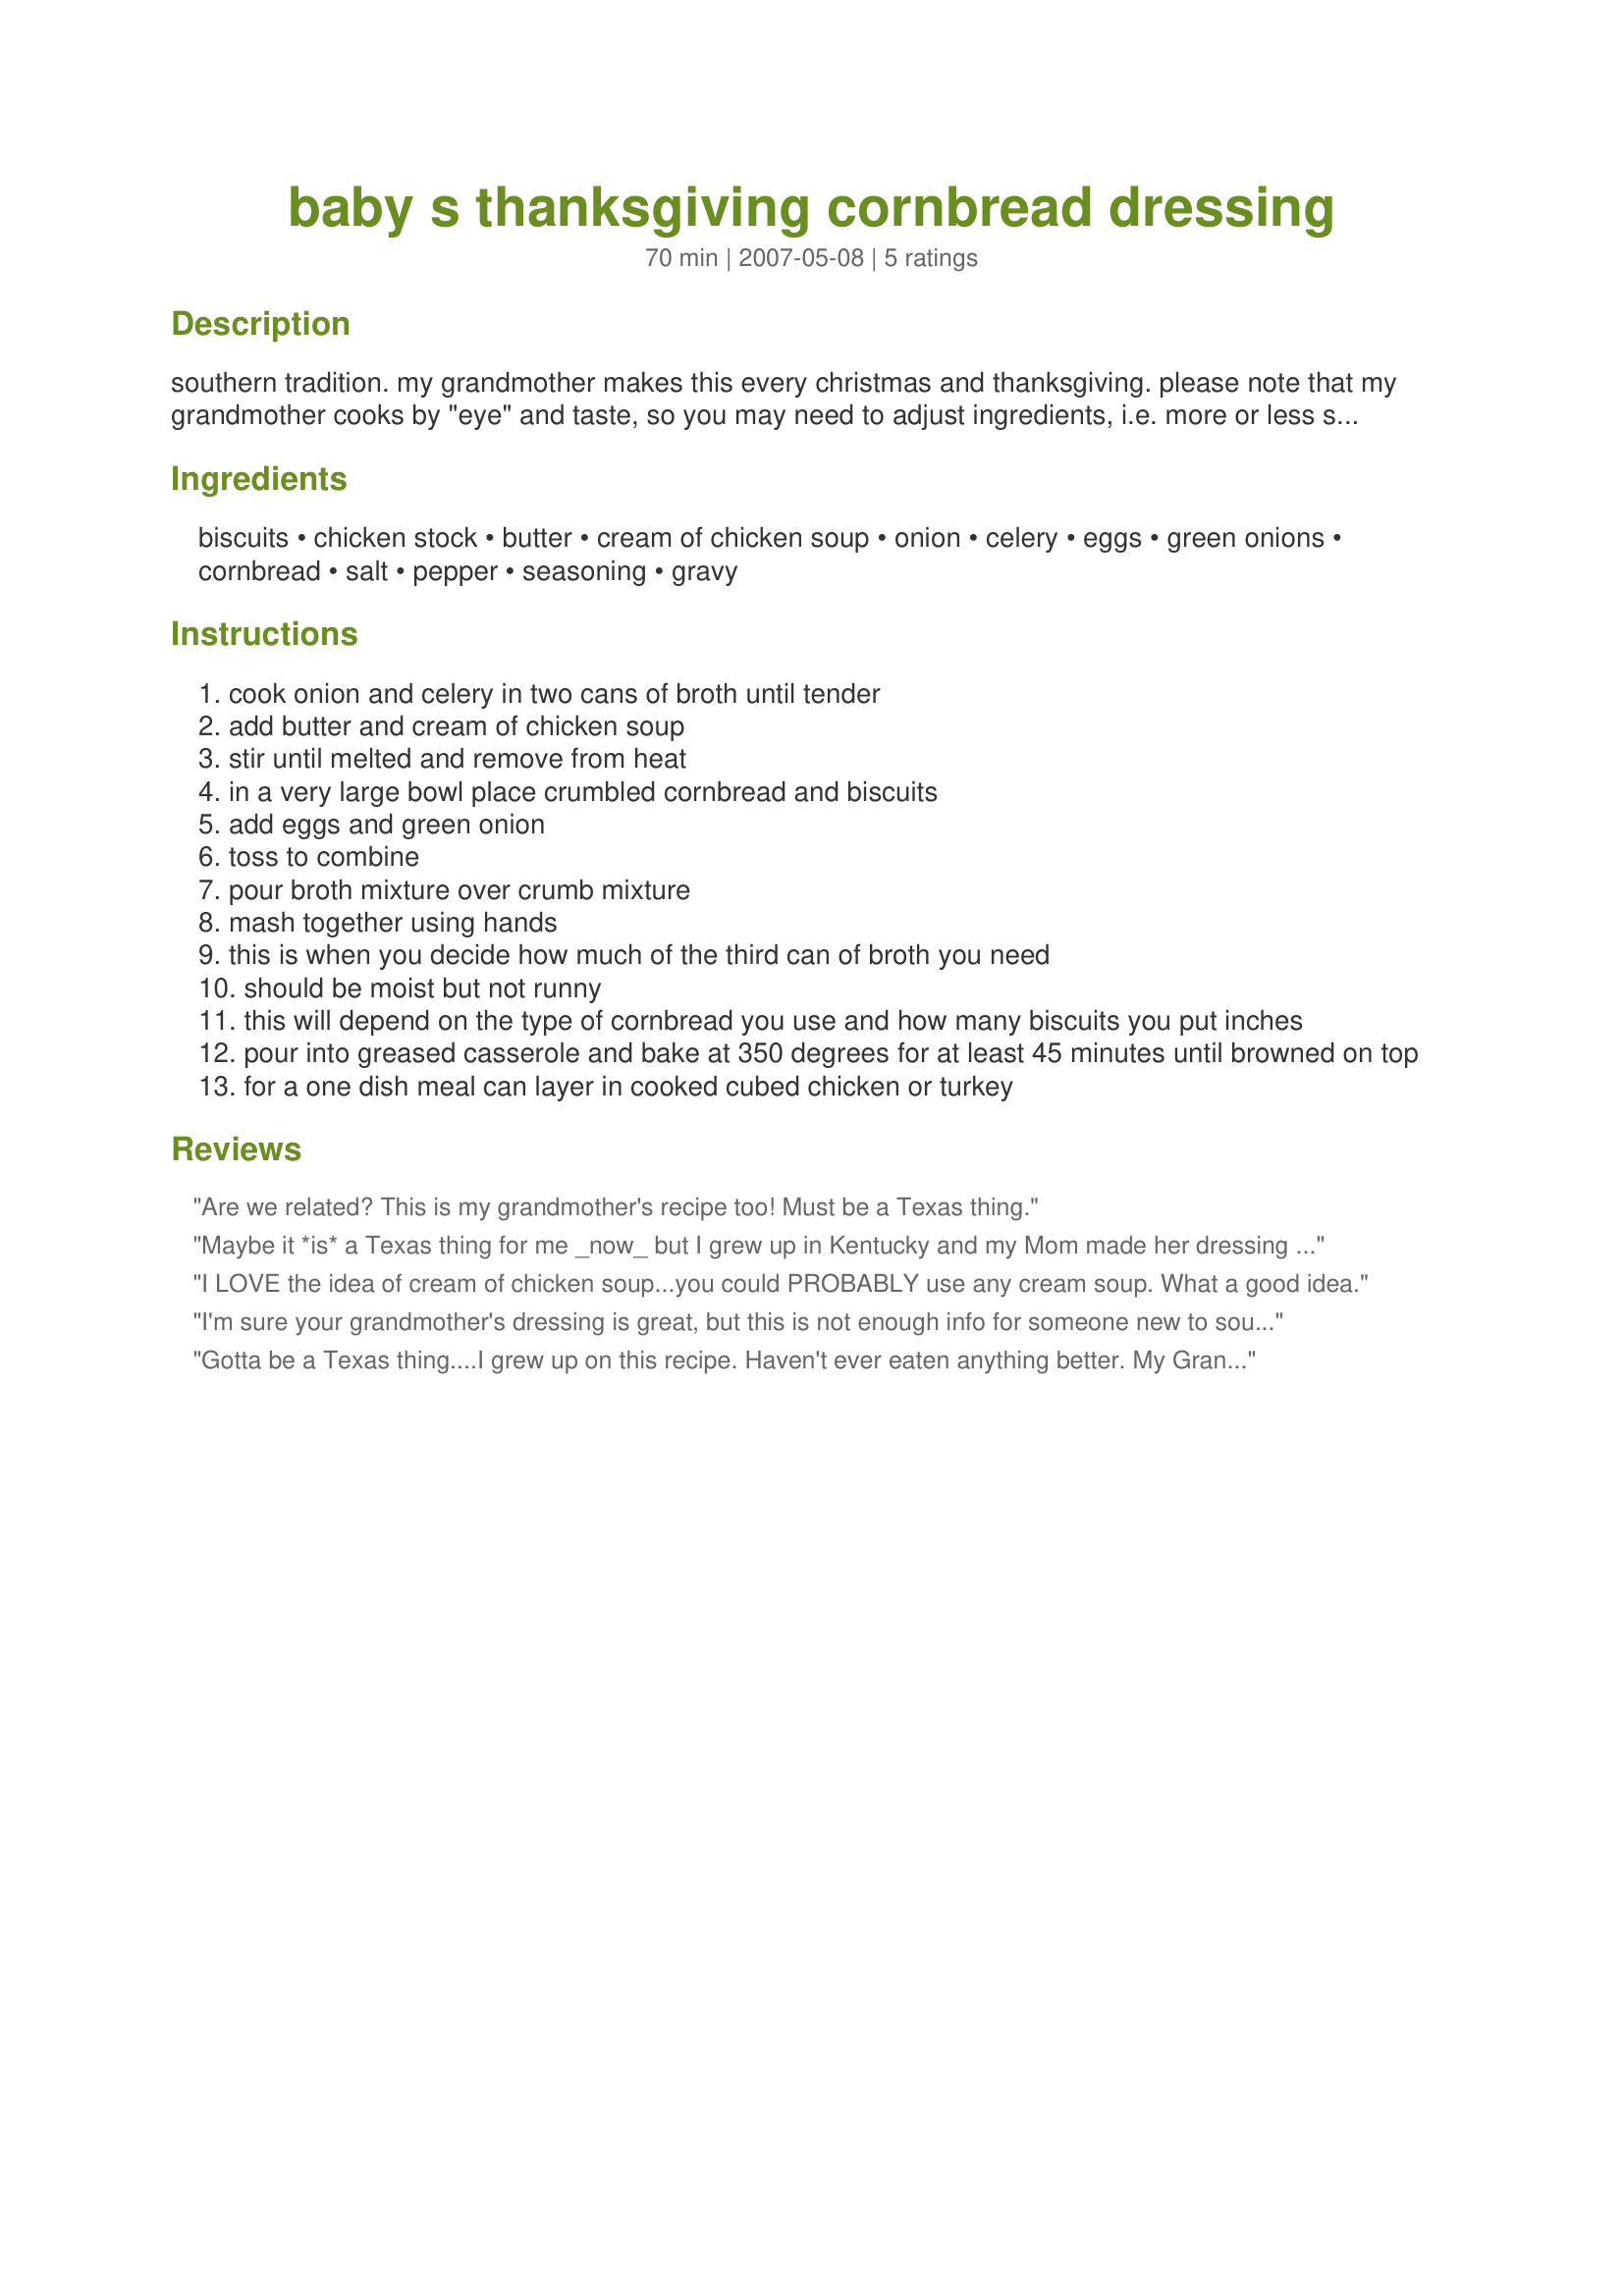
baby s thanksgiving cornbread dressing
Preparation time: 70 minutes

southern tradition. my grandmother makes this every christmas and thanksgiving. please note that my grandmother cooks by "eye" and taste, so you may need to adjust ingredients, i.e. more or less stock, bisquits, etc. the dressing should be moist but not runny before cooking. 11/27/09 please note my above message...if you are not comfortable cooking by approximations then do not try this recipe. i have written this by watching my grandmother and measurements are indeed different everytime. this was recorded so that i can continue the tradition into the future when she is no longer able to make this for us.

Ingredients:
biscuits, chicken stock, butter, cream of chicken soup, onion, celery, eggs, green onions, cornbread, salt, pepper, seasoning, gravy

Steps:
cook onion and celery in two cans of broth until tender
add butter and cream of chicken soup
stir until melted and remove from heat
in a very large bowl place crumbled cornbread and biscuits
add eggs and green onion
toss to combine
pour broth mixture over crumb mixture
mash together using hands
this is when you decide how much of the third can of broth you need
should be moist but not runny
this will depend on the type of cornbread you use and how many biscuits you put inches
pour into greased casserole and bake at 350 degrees for at least 45 minutes until browned on top
for a one dish meal can layer in cooked cubed chicken or turkey

Reviews:
Are we related? This is my grandmother's recipe too! Must be a Texas thing.
Maybe it *is* a Texas thing for me _now_ but I grew up in Kentucky and my Mom made her dressing very much like this. My kids keep trying to get me to write down a recipe but I tell them to just hang around and watch me make it. Until you can see what the right texture is, it will not taste the same. I admit â€“ I do not measure anything â€“ just add the ingredients until it looks right. My one variation â€“ I stir in 3 beaten raw eggs with some cold broth before pouring on the hot broth. This makes it kinda puff up as it bakes. Also, I omit the cream of chicken soup and use more broth or drippings from my turkey. We like it really peppery so about a teaspoon or more of black pepper gets into the pot along the way. My baking time this year was longer as I made about 1 Â½ tons of dressing. ;-) I started with 1 hour covered then removed the foil and browned it off for 45 minutes or so. Thanks for taking the time to post this recipe. Now I can just send the kids a link to here when they ask next time. ;-)
I LOVE the idea of cream of chicken soup...you could PROBABLY use any cream soup. What a good idea.
I'm sure your grandmother's dressing is great, but this is not enough info for someone new to southern cornbread dressing. 1) How much cornbread is two loaves? Either give the recipe for the cornbread or tell how many cups. 2) What is "seasoning, to taste"? You need to list the actual herbs/spices and approximate amounts such as 1/4 to 1/2 tsp.
Gotta be a Texas thing....I grew up on this recipe. Haven't ever eaten anything better. My Grandmother didn't write down any recipes either. I'm sure glad I hung around the kitchen alot. Thanks for sharing and Happy Holidays. God Bless.
